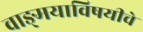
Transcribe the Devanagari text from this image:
वाङ्‌मयाविषयीचे